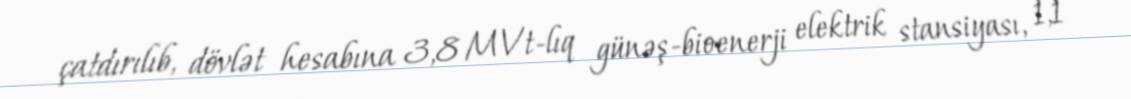
çatdırılıb, dövlət hesabına 3,8 MVt-lıq günəş-bioenerji elektrik stansiyası, 1,1